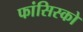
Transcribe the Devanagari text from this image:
फांसिस्को